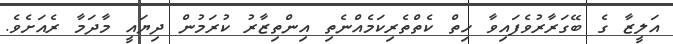
އަލީޒާ ގެ ބޭގަރާރުވެފައިވާ ހިތް ކެތްތެރިކަމެއްނެތި އިންތިޒާރު ކުރަމުން ދިޔައީ މާދަމާ ރެއަށެވެ.